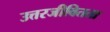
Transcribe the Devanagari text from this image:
उत्तरजीवितता